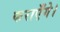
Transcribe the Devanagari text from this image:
कराएँगे।